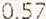
0.57